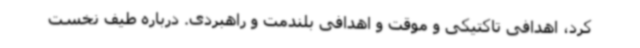
کرد، اهدافی تاکتیکی و موقت و اهدافی بلندمت و راهبردی. درباره طیف نخست